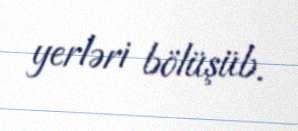
yerləri bölüşüb.